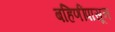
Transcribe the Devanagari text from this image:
बहिणींपासून